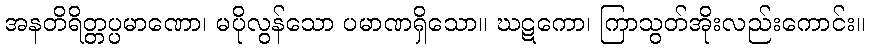
အနတိရိတ္တပ္ပမာဏော၊ မပိုလွန်သော ပမာဏရှိသော။ ဃဋကော၊ ကြာသွတ်အိုးလည်းကောင်း။